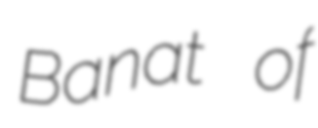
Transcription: Banat of